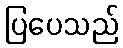
ပြပေသည်